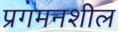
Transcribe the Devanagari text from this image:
प्रगमनशील